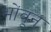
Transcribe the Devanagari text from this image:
भोंवून